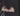
هذه